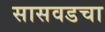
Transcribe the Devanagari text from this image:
सासवडचा